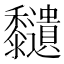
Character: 𪐔